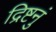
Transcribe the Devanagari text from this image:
द्रिष्टनुं